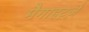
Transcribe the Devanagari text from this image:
मैगाहर्ट्ज़